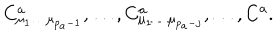
LaTeX: C _ { \mu _ { 1 } \ldots \mu _ { p _ { a } - 1 } } ^ { a } , \ldots , C _ { \mu _ { 1 } \ldots \mu _ { p _ { a } - j } } ^ { a } , \ldots , C ^ { a } .